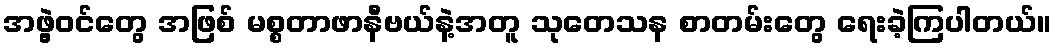
အဖွဲ့ဝင်တွေ အဖြစ် မစ္စတာဖာနီဗယ်နဲ့အတူ သုတေသန စာတမ်းတွေ ရေးခဲ့ကြပါတယ်။